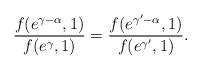
LaTeX: \begin{align*}\frac{f(e^{\gamma-\alpha},1)}{f(e^{\gamma},1)}=\frac{f(e^{\gamma^{\prime}-\alpha},1)}{f(e^{\gamma^{\prime}},1)}.\end{align*}